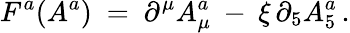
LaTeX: F^{a}(A^{a})\ =\ \partial^{\mu}A_{\mu}^{a}\: -\: \xi\, \partial_{5}A_{5}^{a}\, .